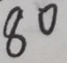
8 0